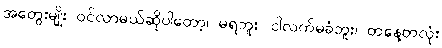
အတွေးမျိုး ဝင်လာမယ်ဆိုပါတော့၊ မရဘူး၊ ငါလက်မခံဘူး၊ တနေ့တလုံး